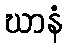
ဃာနံ